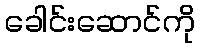
ခေါင်းဆောင်ကို